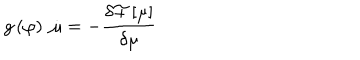
g \left( \varphi \right) \; \dot { \mu } = - \frac { \delta { \cal F } \left[ \mu \right] } { \delta \mu }